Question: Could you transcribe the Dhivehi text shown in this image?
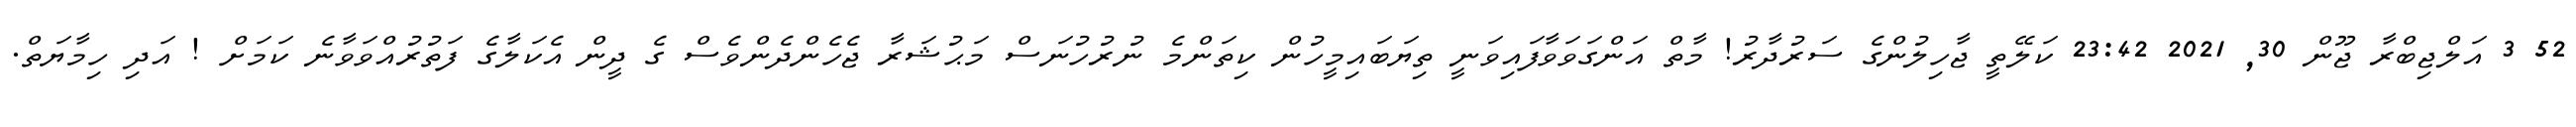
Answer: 52 3 އަލްޖިބްރާ ޖޫން 30, 2021 23:42 ކަލޭތީ ޖާހިލުންގެ ސަރުދާރު! މާތް އަންގަވަވާފައިވަނީ ތިޔަބައިމީހުން ކިތަންމެ ނުރުހުނަސް މަޙުޝަރާ ޖެހެންދެންވެސް ގެ ދީން އެކަލާގެ ފަތުރުއްވަވާނެ ކަމަށް ! އަދި ހިމާޔަތް.